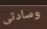
وسادتى